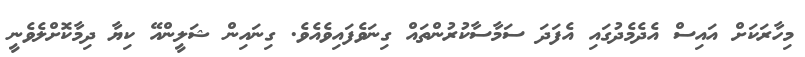
މިހާރަކަށް އައިސް އެދެމެދުގައި އެފަދަ ސަމާސާކުރުންތައް ގިނަވެފައިވެއެވެ. ގިނައިން ޝަލީންއޭ ކިޔާ ދިމާކޮށްލެވެނީ